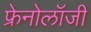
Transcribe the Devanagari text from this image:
फ्रेनोलॉजी